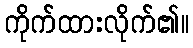
ကိုက်ထားလိုက်၏။